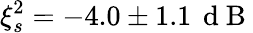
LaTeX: \xi_{s}^{2}=-4.0\pm 1.1\, \mathrm{~d~B~}